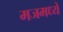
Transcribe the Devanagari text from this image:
मजमध्ये